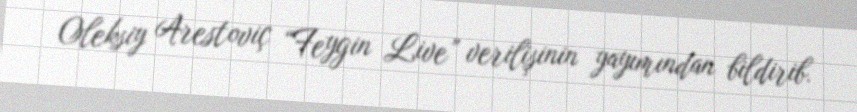
Oleksiy Arestoviç “Feygin Live” verilişinin yayımından bildirib.